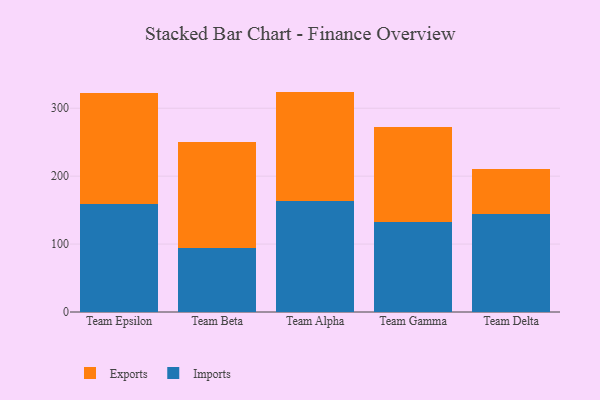
{"axis": {"x": "Team", "y": "Waste Production (Tons)"}, "legend": ["Exports", "Imports"], "data": [{"x": "Team Epsilon", "y": 158.5, "type": "Imports"}, {"x": "Team Epsilon", "y": 164.4, "type": "Exports"}, {"x": "Team Beta", "y": 93.5, "type": "Imports"}, {"x": "Team Beta", "y": 156.1, "type": "Exports"}, {"x": "Team Alpha", "y": 164.0, "type": "Imports"}, {"x": "Team Alpha", "y": 160.5, "type": "Exports"}, {"x": "Team Gamma", "y": 133.2, "type": "Imports"}, {"x": "Team Gamma", "y": 138.8, "type": "Exports"}, {"x": "Team Delta", "y": 144.7, "type": "Imports"}, {"x": "Team Delta", "y": 65.6, "type": "Exports"}]}